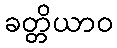
ခတ္တိယာဝ